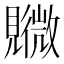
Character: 覹